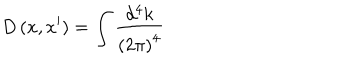
\; D \left( x , x ^ { \prime } \right) = \int \frac { d ^ { 4 } k } { \left( 2 \pi \right) ^ { 4 } }